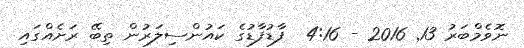
ނޮވެމްބަރު 13